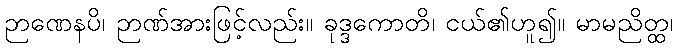
ဉာဏေနပိ၊ ဉာဏ်အားဖြင့်လည်း။ ခုဒ္ဒကောတိ၊ ငယ်၏ဟူ၍။ မာမညိတ္ထ၊